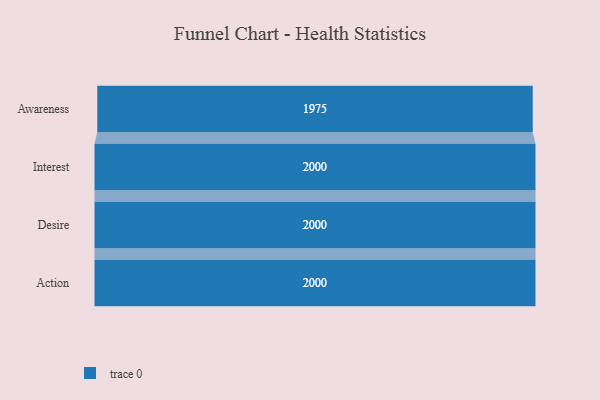
{"axis": {"x": "Stage", "y": "Value"}, "legend": [""], "data": [{"x": "Awareness", "y": 1975.0, "type": ""}, {"x": "Interest", "y": 2000, "type": ""}, {"x": "Desire", "y": 2000, "type": ""}, {"x": "Action", "y": 2000, "type": ""}]}